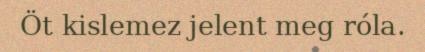
Öt kislemez jelent meg róla.